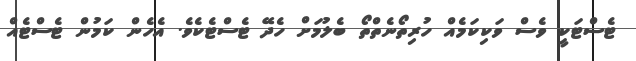
ޓެސްޓަކީ ވެސް ވަކިކަމެއް ހުރިތޯނެތްތޯ ބެލުމަށް ހެދޭ ޓެސްޓެކެވެ. އެހެން ކަމުން ޓެސްޓެއް